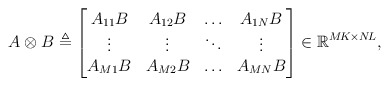
\begin{align*} A\otimes B \triangleq \begin{bmatrix} A_{11}B & A_{12}B & \ldots & A_{1N}B\\ \vdots & \vdots & \ddots & \vdots\\ A_{M1}B & A_{M2}B & \ldots & A_{MN}B \end{bmatrix} \in{\mathbb{R}}^{M\!K\times N\!L},\end{align*}